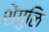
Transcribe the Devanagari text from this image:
शेंगुळि